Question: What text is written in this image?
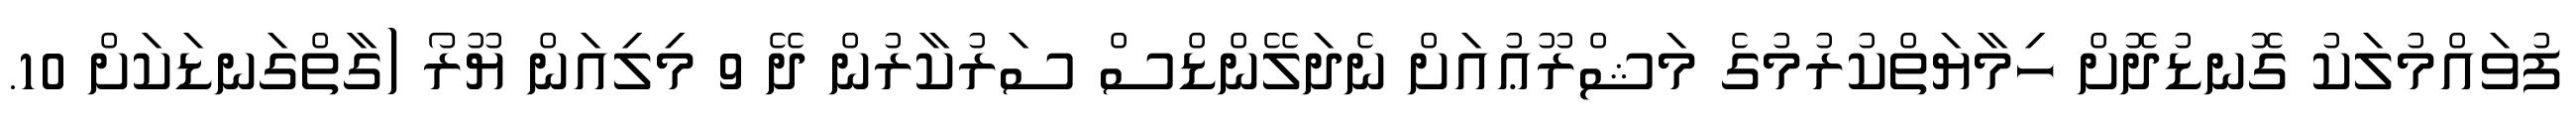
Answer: ފުވައްމުލަކު ގޮނޑުދޮށް ހިމާޔަތްކުރުމުގެ މަޝްރޫޢުއަށް ނެދަލޭންޑްސް ސަރުކާރުން ދޭ 9 މިލިއަން ޔޫރޯ (ގާތްގަނޑަކަށް 10.